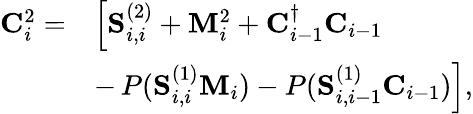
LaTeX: \begin{array}{rl}{\mathbf{C}_{i}^{2}=}&{\left[\mathbf{S}_{i,i}^{(2)}+\mathbf{M}_{i}^{2}+\mathbf{C}_{i-1}^{\dagger}\mathbf{C}_{i-1}\right.}\\ &{-\left.P(\mathbf{S}_{i,i}^{(1)}\mathbf{M}_{i})-P(\mathbf{S}_{i,i-1}^{(1)}\mathbf{C}_{i-1})\right],}\end{array}